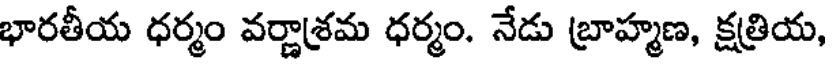
భారతీయ ధర్మం వర్ణాశ్రమ ధర్మం. నేడు బ్రాహ్మణ, క్షత్రియ,